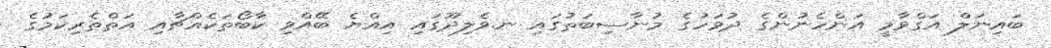
ބައިނަލް އަގްވާމީ އަންހެނުންގެ ދުވަހުގެ މުނާސިބަތުގައި ނ.ވެލިދޫގައި އިއްޔެ ބޭއްވި ކާބޯތަކެއްޗާއި އަތްތެރިކަމުގެ